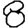
Digit: 8